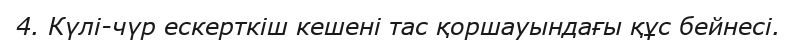
4. Күлі-чүр ескерткіш кешені тас қоршауындағы құс бейнесі.